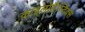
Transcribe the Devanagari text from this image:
काइलोमैस्टिक्स